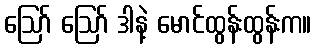
ဪ ဪ ဒါနဲ့ မောင်ထွန်းထွန်းက။